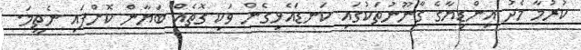
ކުރުމާ މެދު އިންޑިޔާގެ ގާނޫނުތަކުގައި ކަނޑައެޅިގެން ވަކި ގޮތެއް ބަޔާން ކޮށްފައި ނެތީމަ.